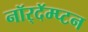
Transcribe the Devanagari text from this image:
नॉर्‌दॅम्प्टन